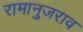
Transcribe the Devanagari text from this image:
रामानुजराव